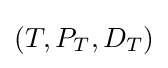
(T,P_{T},D_{T})